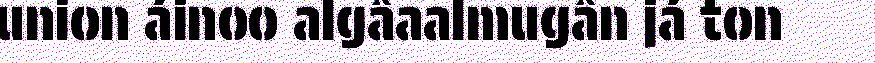
union áinoo algâaalmugân já ton